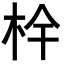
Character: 𭩧